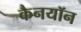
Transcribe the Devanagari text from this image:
कैनयॉन